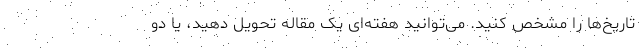
تاریخ‌ها را مشخص کنید. می‌توانید هفته‌ای یک مقاله تحویل دهید، یا دو